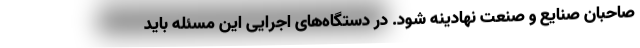
صاحبان صنایع و صنعت نهادینه شود. در دستگاه‌های اجرایی این مسئله باید